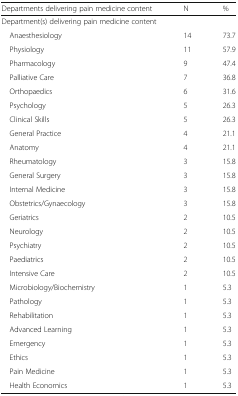
<table><thead><tr><td><b>Departments delivering pain medicine content</b></td><td><b>N</b></td><td><b>%</b></td></tr></thead><tbody><tr><td colspan="3">Department(s) delivering pain medicine content</td></tr><tr><td> Anaesthesiology</td><td>14</td><td>73.7</td></tr><tr><td> Physiology</td><td>11</td><td>57.9</td></tr><tr><td> Pharmacology</td><td>9</td><td>47.4</td></tr><tr><td> Palliative Care</td><td>7</td><td>36.8</td></tr><tr><td> Orthopaedics</td><td>6</td><td>31.6</td></tr><tr><td> Psychology</td><td>5</td><td>26.3</td></tr><tr><td> Clinical Skills</td><td>5</td><td>26.3</td></tr><tr><td> General Practice</td><td>4</td><td>21.1</td></tr><tr><td> Anatomy</td><td>4</td><td>21.1</td></tr><tr><td> Rheumatology</td><td>3</td><td>15.8</td></tr><tr><td> General Surgery</td><td>3</td><td>15.8</td></tr><tr><td> Internal Medicine</td><td>3</td><td>15.8</td></tr><tr><td> Obstetrics/Gynaecology</td><td>3</td><td>15.8</td></tr><tr><td> Geriatrics</td><td>2</td><td>10.5</td></tr><tr><td> Neurology</td><td>2</td><td>10.5</td></tr><tr><td> Psychiatry</td><td>2</td><td>10.5</td></tr><tr><td> Paediatrics</td><td>2</td><td>10.5</td></tr><tr><td> Intensive Care</td><td>2</td><td>10.5</td></tr><tr><td> Microbiology/Biochemistry</td><td>1</td><td>5.3</td></tr><tr><td> Pathology</td><td>1</td><td>5.3</td></tr><tr><td> Rehabilitation</td><td>1</td><td>5.3</td></tr><tr><td> Advanced Learning</td><td>1</td><td>5.3</td></tr><tr><td> Emergency</td><td>1</td><td>5.3</td></tr><tr><td> Ethics</td><td>1</td><td>5.3</td></tr><tr><td> Pain Medicine</td><td>1</td><td>5.3</td></tr><tr><td> Health Economics</td><td>1</td><td>5.3</td></tr></tbody></table>